Scientific memoirs by medical officers of the Army of India - Part III,
Year: 1887
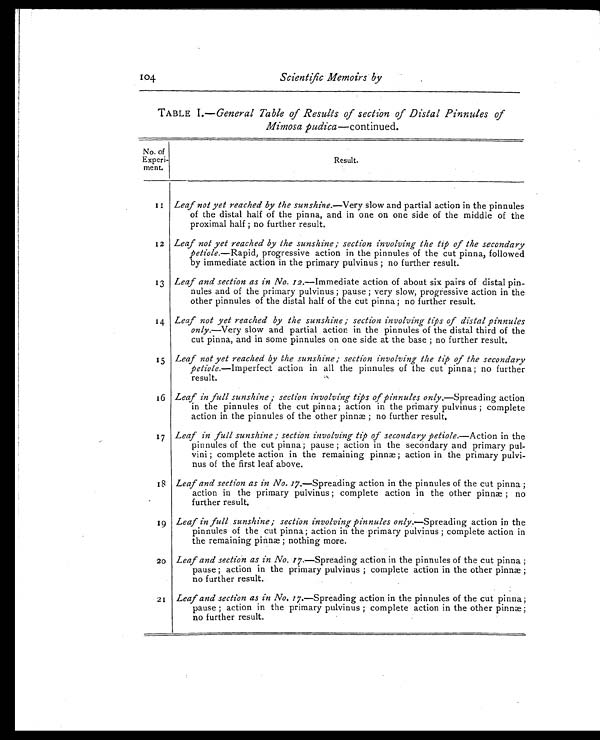
Scientific Memoirs by
TABLE 1.— General Table of Results of section of Distal Pinnules of
Mimosa pudica—continued.
No. of
Experi -
ment.
Resul t.
11 Leaf not yet reached by the sunshine .—Very slow and partial action in the pinnules
of the distal half of the pinna, and in one on one side of the middle of the
proximal half ; no further result.
12 Leaf not yet reached by the sunshine ; section involving the tip of the secondary
petiole.—Rapid, progressive action in the pinnules of the cut pinna, followed
by immediate action in the primary pulvinus ; no further result.
13 Leaf and section as in No. 12. — I m m e d i a t e a c t i o n o f a b o u t s i x p a i r s o f d i s t a l p i n -
nules and of the primary pulvinus ; pause ; very slow, progressive action in the
other pinnules of the distal half of the cut pinna ; no further result.
14 Leaf not yet reached by the sunshine; section involving tips of distal pinnules
only.—Very slow and partial action in the pinnules of the distal third of the
cut pinna, and in some pinnules on one side at the base ; no further result.
15 Leaf not yet reached by the sunshine ; section involving the tip of the secondary
petiole.—Imperfect action in all the pinnules of the cut pinna ; no further
result.
16 Leaf in full sunshine ; section involving tips of pinnules only .—Spreading action
in the pinnules of the cut pinna ; action in the primary pulvinus ; complete
action in the pinnules of the other pinnæ ; no further result.
17 Leaf in full sunshine ; section involving tip of secondary petiole .—Action in the
pinnules of the cut pinna; pause ; action in the secondary and primary pul-
vini ; complete action in the remaining pinn ; action in the primary pulvi-
nus of the first leaf above.
18 Leaf and section as in No. 17. — S p r e a d i n g a c t i o n i n t h e p i n n u l e s o f t h e c u t p i n n a ;
action in the primary pulvinus ; complete action in the other pinnæ; no
further result.
19 L Leaf in full sunshine; section involving pinnules only .—Spreading action in the
pinnules of the cut pinnæ; action in the primary pulvinus ; complete action in
the remaining pinnæ; nothing more.
20 Leaf and section as in. No. 17 .—Spreading action in the pinnules of the cut pinna ;
pause ; action in the primary pulvinus ; complete action in the other pinnæ;
no further result.
21 Leaf and section as in No. 17. — S p r e a d i n g a c t i o n i n t h e p i n n u l e s o f t h e c u t p i n n a ;
pause ; action in the primary pulvinus ; complete action in the other pinnæ ;
no further result.